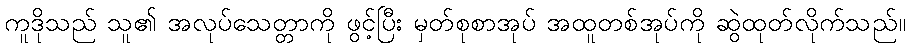
ကူဒိုသည် သူ၏ အလုပ်သေတ္တာကို ဖွင့်ပြီး မှတ်စုစာအုပ် အထူတစ်အုပ်ကို ဆွဲထုတ်လိုက်သည်။